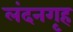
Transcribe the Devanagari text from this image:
लंदनगृह